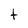
Character: t